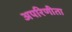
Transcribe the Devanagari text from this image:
अपरिणीता